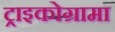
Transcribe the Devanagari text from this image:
ट्राइकोग्रामा